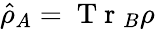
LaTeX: \hat{\rho}_{A}=\mathrm{~T~r~}_{B}\rho